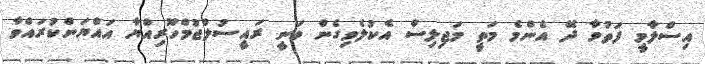
އިސްލާމީ ފަތުވާ ދޭ އެންމެ މަތީ މަޖިލިސް އެކުލެވިގެން ވަނީ ރައީސުލްޖުމްހޫރިއްޔާ އައްޔަންކުރައްވާ